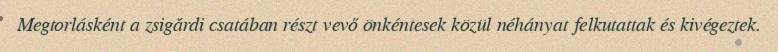
Megtorlásként a zsigárdi csatában részt vevő önkéntesek közül néhányat felkutattak és kivégeztek.